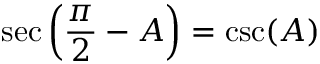
\sec \left( { \frac { \pi } { 2 } } - A \right) = \csc ( A )